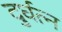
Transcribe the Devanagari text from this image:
दुर्घत्न